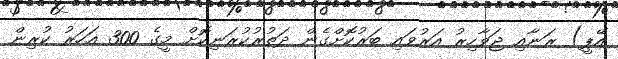
އޭޕީ) ރަނާއި ޖަވާހިރު އަރުވައި ބަރުކޮށްގެން ދަތުރުކުރަނިކޮށް މީގެ 300 އަހަރު ކުރިން